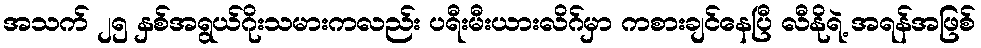
အသက် ၂၅ နှစ်အရွယ်ဂိုးသမားကလည်း ပရီးမီးယားလိဂ်မှာ ကစားချင်နေပြီ လီနိုရဲ့ အရန်အဖြစ်